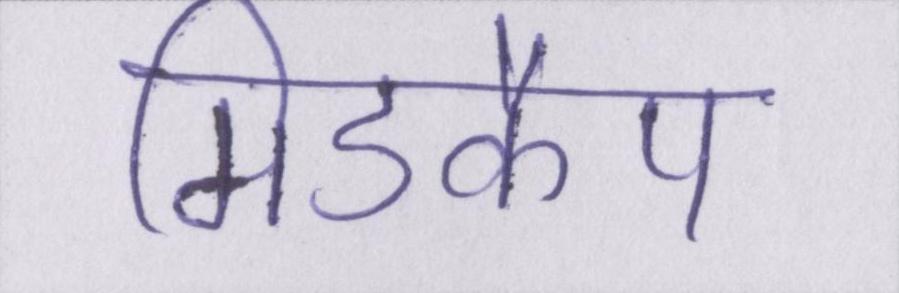
मिडकैप